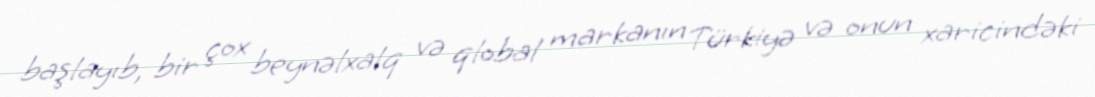
başlayıb, bir çox beynəlxalq və qlobal markanın Türkiyə və onun xaricindəki